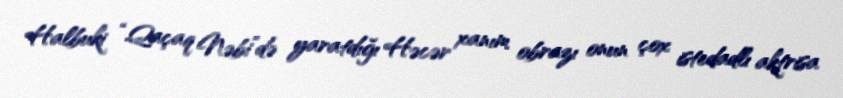
Halbuki “Qaçaq Nəbi”də yaratdığı Həcər xanım obrazı onun çox istedadlı aktrisa